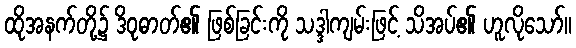
ထိုအနက်တို့၌ ဒိဝုဓာတ်၏ ဖြစ်ခြင်းကို သဒ္ဒါကျမ်းဖြင့် သိအပ်၏ ဟူလိုသော်။